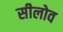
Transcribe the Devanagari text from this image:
सीलोव